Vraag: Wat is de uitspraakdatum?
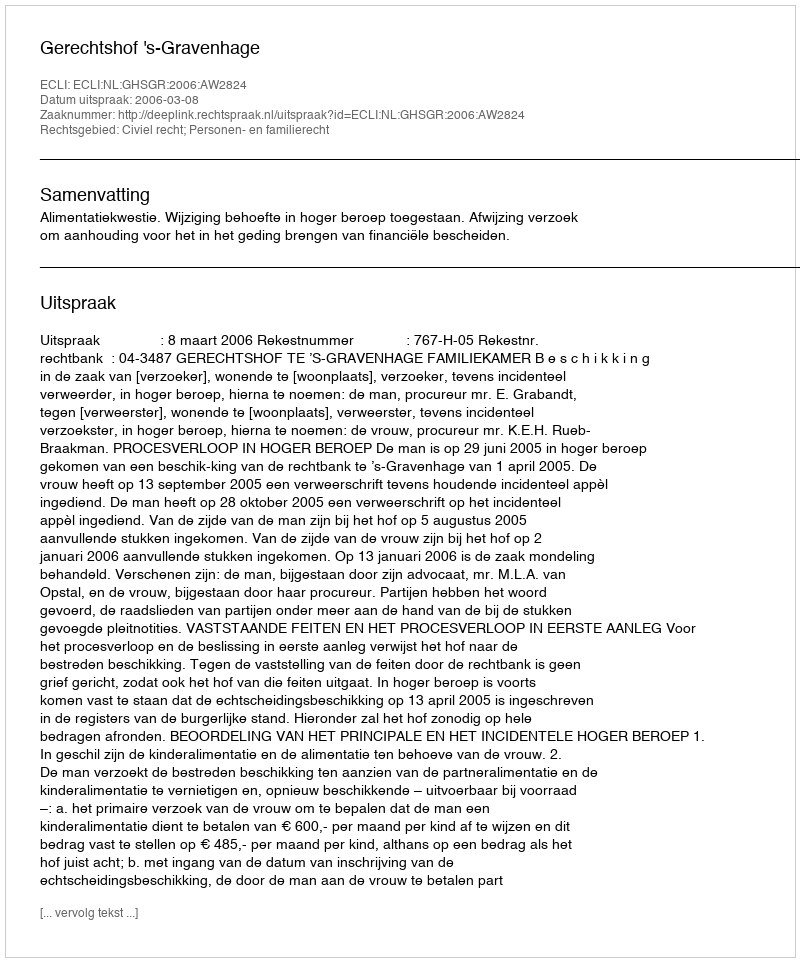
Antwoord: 2006-03-08